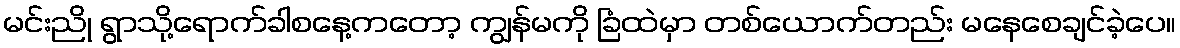
မင်းညို ရွာသို့ရောက်ခါစနေ့ကတော့ ကျွန်မကို ခြံထဲမှာ တစ်ယောက်တည်း မနေစေချင်ခဲ့ပေ။